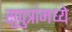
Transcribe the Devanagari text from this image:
सुपुत्रांमध्ये